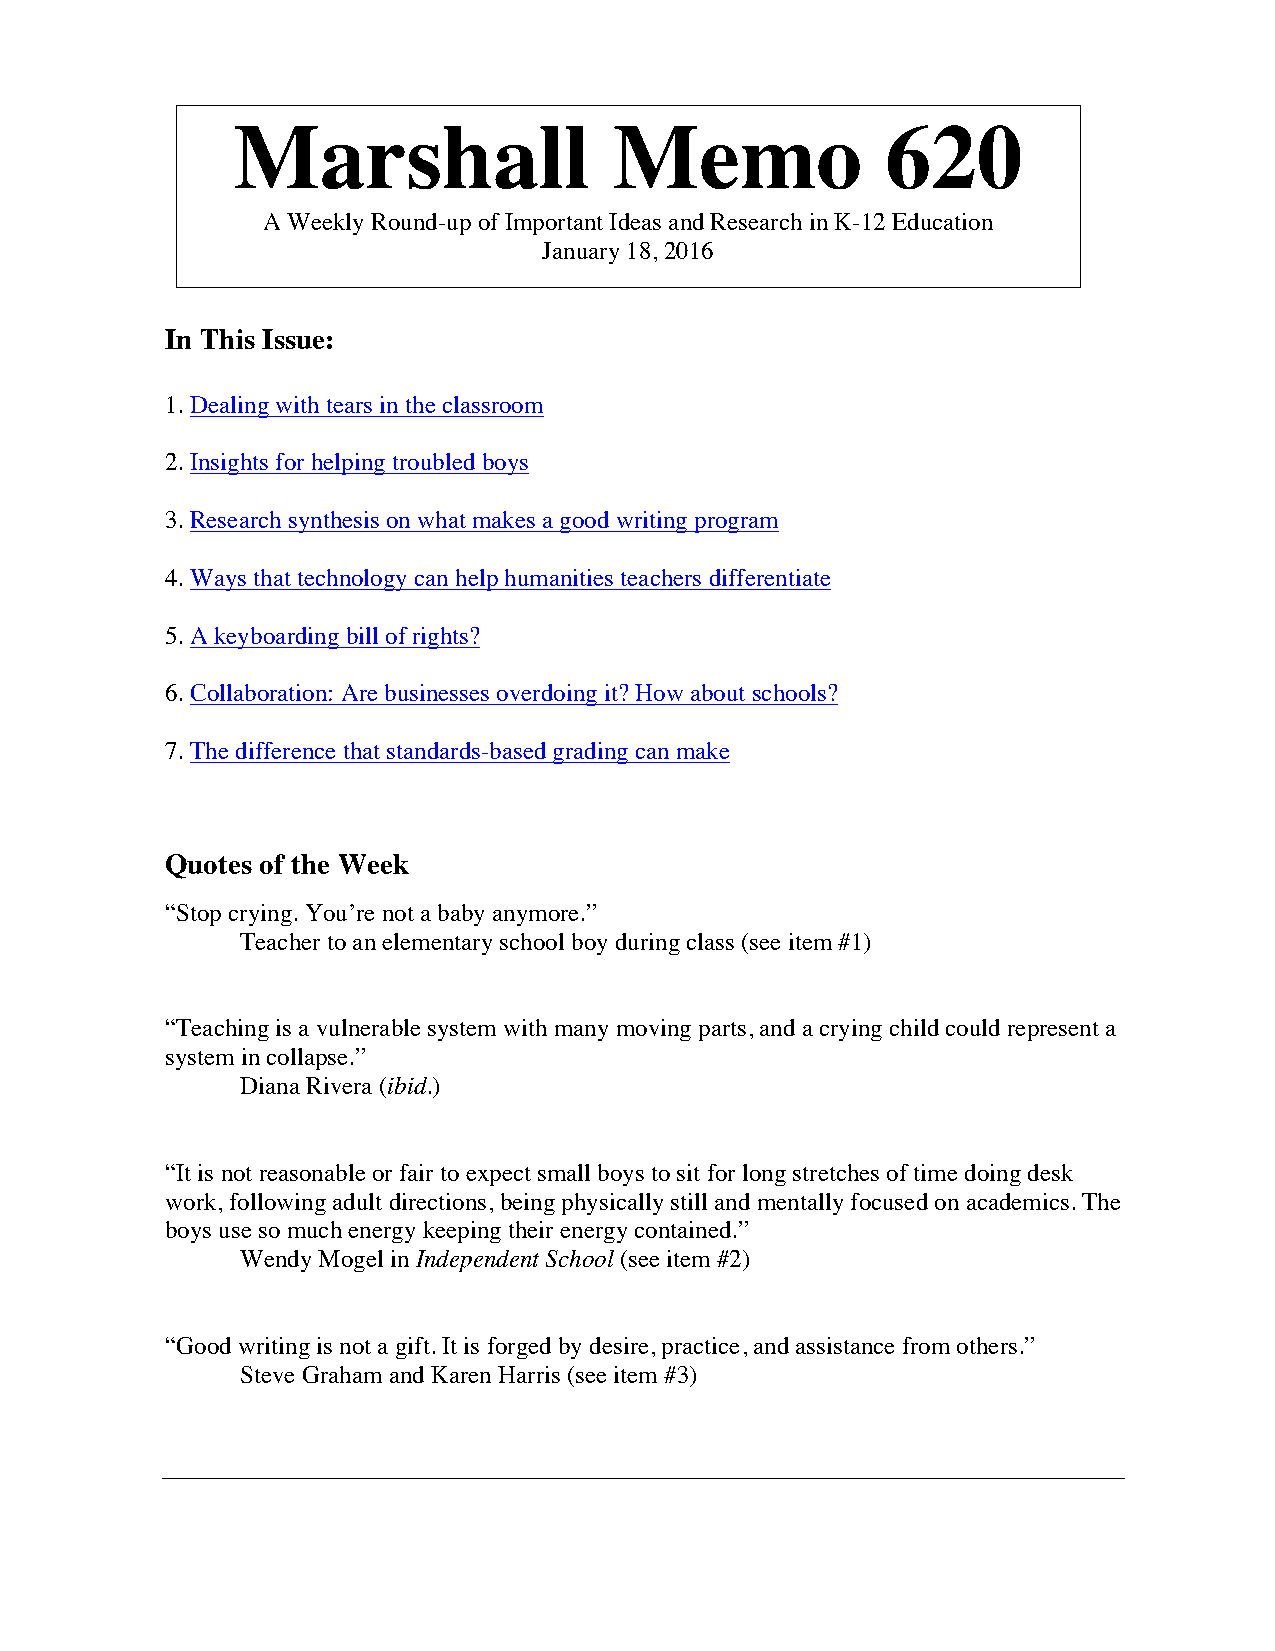
Marshall                  Memo              620
 A Weekly Round-up of Important Ideas and Research in K-12 Education
 January 18, 2016
 In This Issue:
 1. Dealing with tears in the classroom
 2. Insights for helping troubled boys
 3. Research synthesis on what makes a good writing program
 4. Ways that technology can help humanities teachers differentiate
 5. A keyboarding bill of rights?
 6. Collaboration: Are businesses overdoing it? How about schools?
 7. The difference that standards-based grading can make
 Quotes of the Week
 “Stop crying. You’re not a baby anymore.”
 Teacher to an elementary school boy during class (see item #1)
 “Teaching is a vulnerable system with many moving parts, and a crying child could represent a
 system in collapse.”
 Diana Rivera (ibid.)
 “It is not reasonable or fair to expect small boys to sit for long stretches of time doing desk
 work, following adult directions, being physically still and mentally focused on academics. The
 boys use so much energy keeping their energy contained.”
 Wendy Mogel in Independent School (see item #2)
 “Good writing is not a gift. It is forged by desire, practice, and assistance from others.”
 Steve Graham and Karen Harris (see item #3)